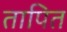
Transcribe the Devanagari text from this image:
तापित